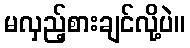
မလှည့်စားချင်လို့ပဲ။